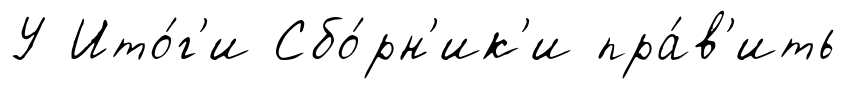
У Ито́г'и Сбо́рн'ик'и пра́в'ить